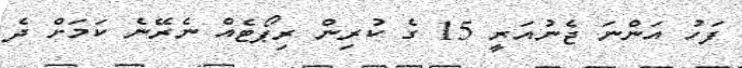
ފަހު އަންނަ ޖެނުއަރީ 15 ގެ ކުރިން ރިޕޯޓެއް ނެރޭނެ ކަމަށް ދެ